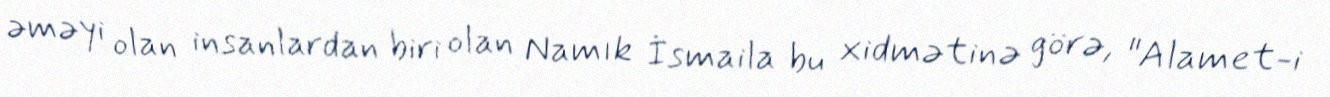
əməyi olan insanlardan biri olan Namık İsmaila bu xidmətinə görə, "Alamet-i